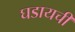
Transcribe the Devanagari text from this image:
घडायची